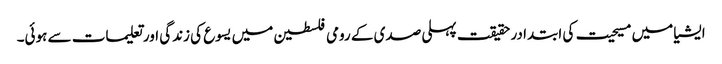
ایشیا میں مسیحیت کی ابتدا در حقیقت پہلی صدی کے رومی فلسطین میں یسوع کی زندگی اور تعلیمات سے ہوئی۔